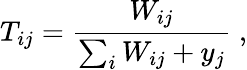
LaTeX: T_{ij}=\frac{W_{ij}}{\sum_{i}W_{ij}+y_{j}}\; ,